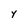
Character: y